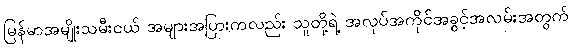
မြန်မာအမျိုးသမီးငယ် အများအပြားကလည်း သူတို့ရဲ့ အလုပ်အကိုင်အခွင့်အလမ်းအတွက်